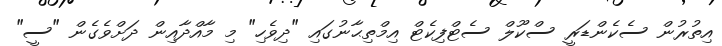
އިތުރުން ސެކެންޑަރީ ސްކޫލް ސެޓްފިކެޓް އިމްތިޙާނުގައި "ދިވެހި" މި މާއްދާއިން ދަށްވެގެން "ސީ"